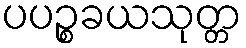
ပပဉ္စခယသုတ္တ